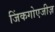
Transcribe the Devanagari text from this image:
जिंकगोएजीज़